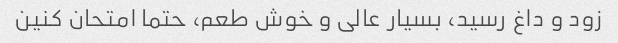
زود و داغ رسید، بسیار عالی و خوش طعم، حتما امتحان کنین